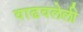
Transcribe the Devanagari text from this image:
वाढवलेली